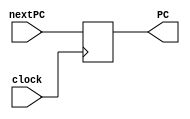
module PC(clock, nextPC, PC);

	input clock;
	input [31:0] nextPC;
	
	output reg [31:0] PC;
	
	always @(posedge clock) begin
			PC <= nextPC; 
	end
endmodule